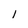
Character: l